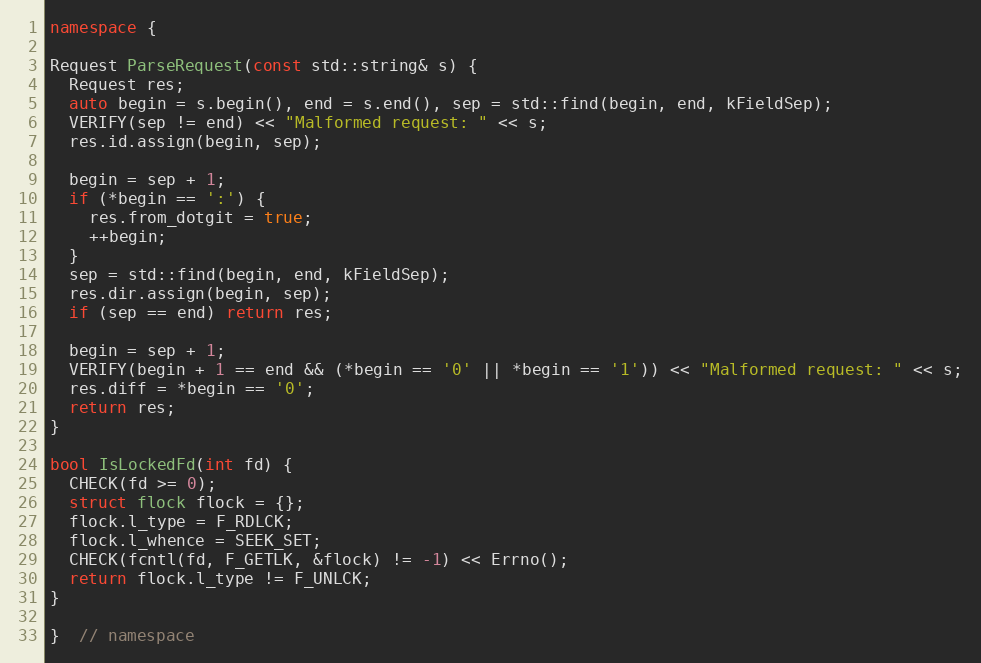
Language: C++
namespace {

Request ParseRequest(const std::string& s) {
  Request res;
  auto begin = s.begin(), end = s.end(), sep = std::find(begin, end, kFieldSep);
  VERIFY(sep != end) << "Malformed request: " << s;
  res.id.assign(begin, sep);

  begin = sep + 1;
  if (*begin == ':') {
    res.from_dotgit = true;
    ++begin;
  }
  sep = std::find(begin, end, kFieldSep);
  res.dir.assign(begin, sep);
  if (sep == end) return res;

  begin = sep + 1;
  VERIFY(begin + 1 == end && (*begin == '0' || *begin == '1')) << "Malformed request: " << s;
  res.diff = *begin == '0';
  return res;
}

bool IsLockedFd(int fd) {
  CHECK(fd >= 0);
  struct flock flock = {};
  flock.l_type = F_RDLCK;
  flock.l_whence = SEEK_SET;
  CHECK(fcntl(fd, F_GETLK, &flock) != -1) << Errno();
  return flock.l_type != F_UNLCK;
}

}  // namespace